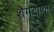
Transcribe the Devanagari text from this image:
शेगदाणा